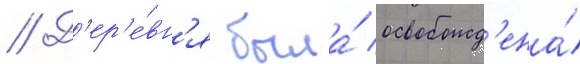
// Д'ер'е́вн'я была́ освобожд'ена́